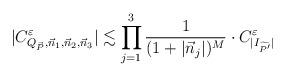
LaTeX: \begin{align*} |C^{\varepsilon}_{Q_{\vec{P}},\vec{n}_{1},\vec{n}_{2},\vec{n}_{3}}|\lesssim\prod_{j=1}^{3}\frac{1}{(1+|\vec{n}_{j}|)^{M}}\cdot C^{\varepsilon}_{|I_{\widetilde{P'}}|}\end{align*}